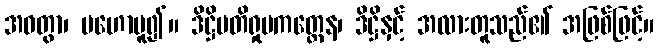
အဝတွာ၊ မဟောမူ၍။ ဒိဋ္ဌိပတိရှုပကတ္တေန၊ ဒိဋ္ဌိနှင့် အလားတူသည်၏ အဖြစ်ဖြင့်။